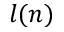
l ( n )